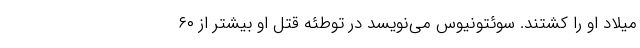
میلاد او را کشتند. سوئتونیوس می‌نویسد در توطئه قتل او بیشتر از ۶۰